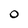
Character: 0